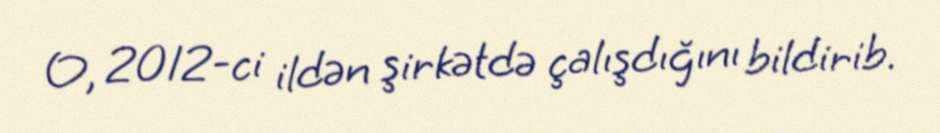
O, 2012-ci ildən şirkətdə çalışdığını bildirib.